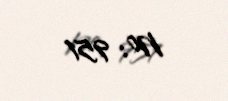
№: 951